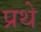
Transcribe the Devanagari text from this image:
प्रथे